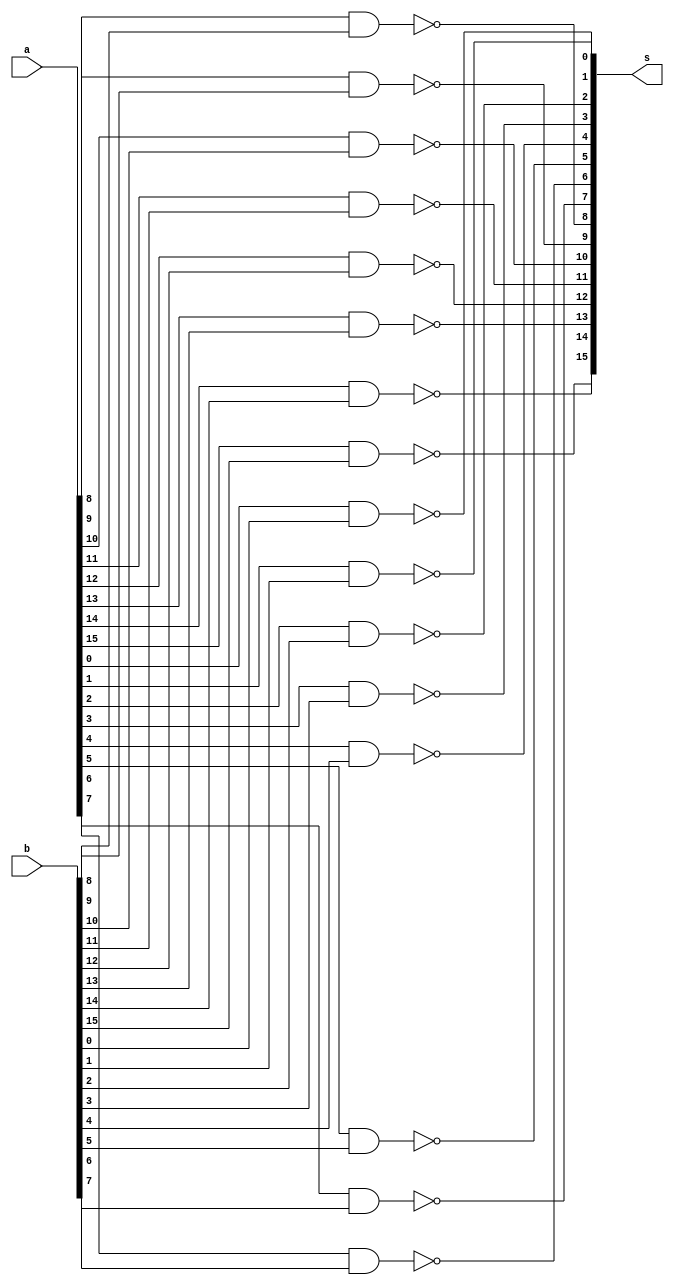
module nander(input [15:0] a,b,output [15:0]s);
    nand(s[0],a[0],b[0]);
    nand(s[1],a[1],b[1]);
    nand(s[2],a[2],b[2]);
    nand(s[3],a[3],b[3]);
    nand(s[4],a[4],b[4]);
    nand(s[5],a[5],b[5]);
    nand(s[6],a[6],b[6]);
    nand(s[7],a[7],b[7]);
    nand(s[8],a[8],b[8]);
    nand(s[9],a[9],b[9]);
    nand(s[10],a[10],b[10]);
    nand(s[11],a[11],b[11]);
    nand(s[12],a[12],b[12]);
    nand(s[13],a[13],b[13]);
    nand(s[14],a[14],b[14]);
    nand(s[15],a[15],b[15]);
endmodule

module testbench();
    reg[15:0] A;
    reg[15:0] B;
    wire[15:0] R;

    nander my_nand(A,B,R);

    initial begin

        A = 15'b100100011011011;
        B = 15'b101000101101000;
        #10
        $display("A = %b", A);
        $display("B = %b", B);
        $display("R = %b", R);
        #10

        A = 15'b001010001010010;
        B = 15'b111101001000101;
        #10
        $display("A = %b", A);
        $display("B = %b", B);
        $display("R = %b", R);

    end


endmodule